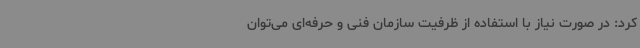
کرد: در صورت نیاز با استفاده از ظرفیت سازمان فنی و حرفه‌ای می‌توان